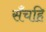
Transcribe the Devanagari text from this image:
सँचहि